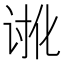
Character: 𮙉